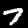
Digit: 7